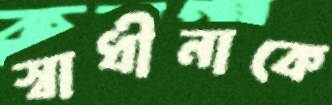
স্বাধীনাকে